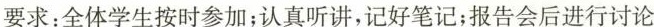
要求：全体学生按时参加；认真听讲，记好笔记；报告会后进行讨论